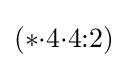
(*{\cdot }4{\cdot }4{:}2)